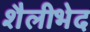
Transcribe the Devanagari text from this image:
शैलीभेद